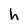
Character: h